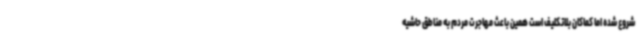
شروع شده اما کماکان بلاتکلیف است همین باعث مهاجرت مردم به مناطق حاشیه